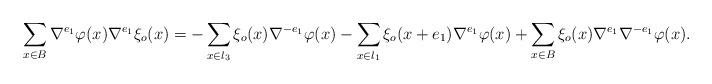
LaTeX: \begin{align*}\sum_{x\in B} \nabla^{e_1} \varphi(x) \nabla^{e_1} \xi_o (x) = -\sum_{x\in l_3} \xi_o ( x) \nabla^{-e_1} \varphi (x)- \sum_{x\in l_1} \xi_o (x+ e_1) \nabla^{e_1} \varphi(x)+ \sum_{x\in B} \xi_o (x) \nabla^{e_1} \nabla^{-e_1} \varphi(x).\end{align*}